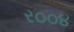
ર૦૦૪